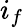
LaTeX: i_{f}